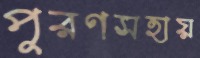
পূরণসহায়